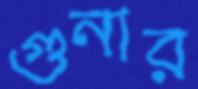
গুনার